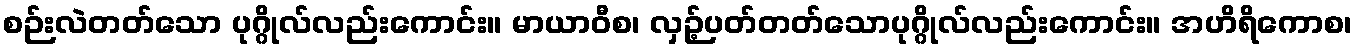
စဉ်းလဲတတ်သော ပုဂ္ဂိုလ်လည်းကောင်း။ မာယာဝီစ၊ လှဉ့်ပတ်တတ်သောပုဂ္ဂိုလ်လည်းကောင်း။ အဟိရိကောစ၊